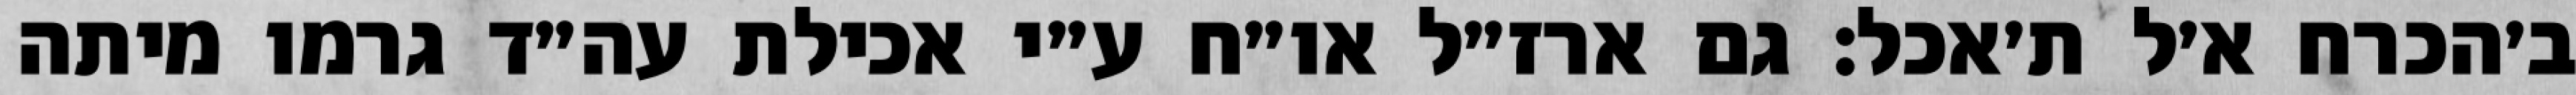
ב׳הכרח א׳ל ת׳אכל: גם ארז״ל או״ח ע״י אכילת עה״ד גרמו מיתה